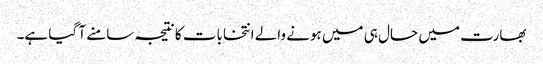
بھارت میں حال ہی میں ہونے والے انتخابات کا نتیجہ سامنے آ گیا ہے۔